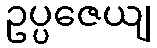
ဥပ္ပဇေယျ